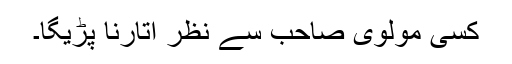
کسی مولوی صاحب سے نظر اتارنا پڑیگا۔